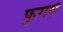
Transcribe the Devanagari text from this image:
फुगगे